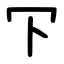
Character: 㓀